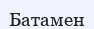
Батамен